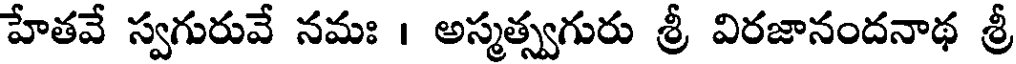
హేతవే స్వగురువే నమః । అస్మత్స్వగురు శ్రీ విరజానందనాథ శ్రీ